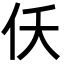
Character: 仸